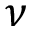
\nu